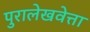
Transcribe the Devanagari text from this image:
पुरालेखवेत्ता